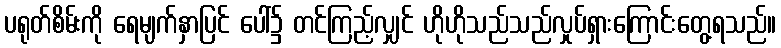
ပရုတ်စိမ်းကို ရေမျက်နှာပြင် ပေါ်၌ တင်ကြည့်လျှင် ဟိုဟိုသည်သည်လှုပ်ရှားကြောင်းတွေ့ရသည်။